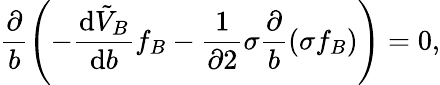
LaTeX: \frac{\partial}{b}\left(-\frac{\mathrm{d}\tilde{V}_{B}}{\mathrm{d}b}f_{B}-\frac{1}{\partial 2}\sigma\frac{\partial}{b}\left(\sigma f_{B}\right)\right)=0,